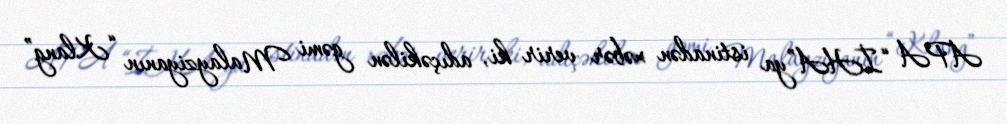
APA “İHA”ya istinadən xəbər verir ki, adıçəkilən gəmi Malayziyanın “Klang”